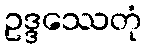
ဥဒ္ဒဿေတုံ